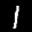
Label: 1